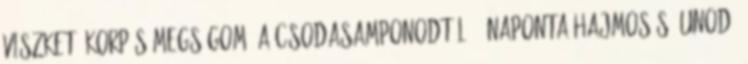
viszket, korpás Megsúgom, a csodasamponodtól. 2 naponta hajmosás. Unod,